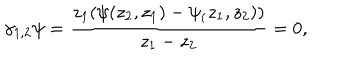
\gamma _ { 1 , 2 } \psi = \frac { z _ { 1 } ( \psi ( z _ { 2 } , z _ { 1 } ) - \psi _ { ( } z _ { 1 } , z _ { 2 } ) ) } { z _ { 1 } - z _ { 2 } } = 0 ,